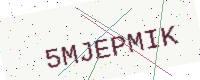
Text: 5MJEPMIK